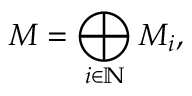
M = \bigoplus _ { i \in \mathbb { N } } M _ { i } ,